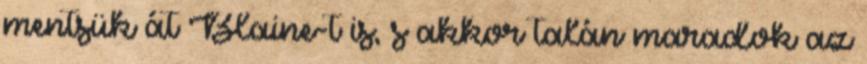
mentsük át Blaine-t is, s akkor talán maradok az